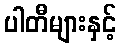
ပါတီများနှင့်